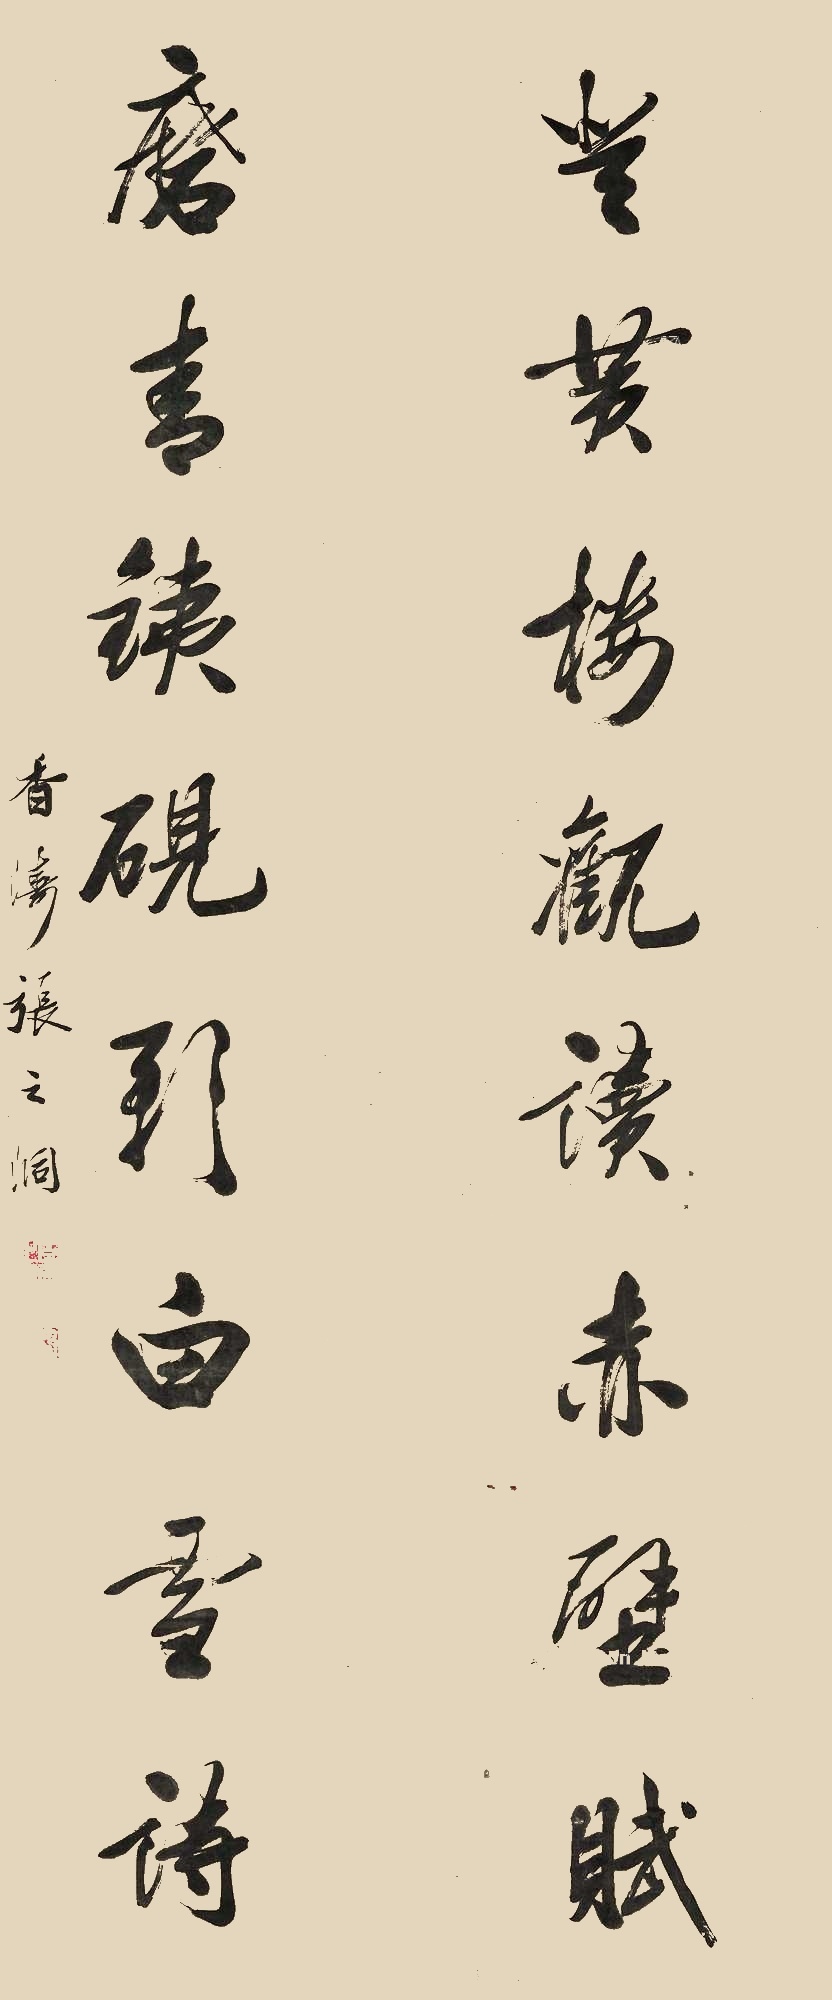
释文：登黄楼观读赤壁赋，磨青铁砚影白雪诗。香涛张之洞。